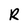
Character: R